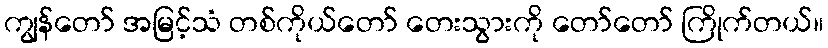
ကျွန်တော် အမြင့်သံ တစ်ကိုယ်တော် တေးသွားကို တော်တော် ကြိုက်တယ်။